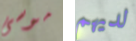
موسى لديهم